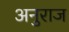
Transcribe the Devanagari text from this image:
अनुराज